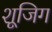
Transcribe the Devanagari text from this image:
शूजिग